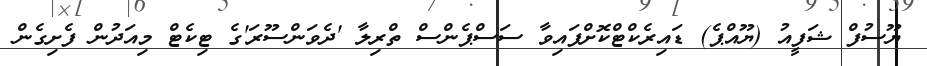
ޔޫސުފް ޝަފީއު (ޔޫއްޕެ) ޑައިރެކްޓްކޮށްފައިވާ ސަސްޕެންސް ތްރިލާ 'ދެވަންސޫރަ'ގެ ޓިކެޓް މިއަދުން ފެށިގެން